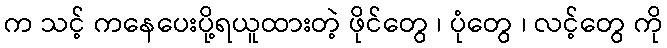
က သင့် ကနေပေးပို့ရယူထားတဲ့ ဖိုင်တွေ ၊ ပုံတွေ ၊ လင့်တွေ ကို